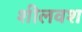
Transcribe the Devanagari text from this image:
शीलवश